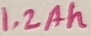
Text: 1.2Ah